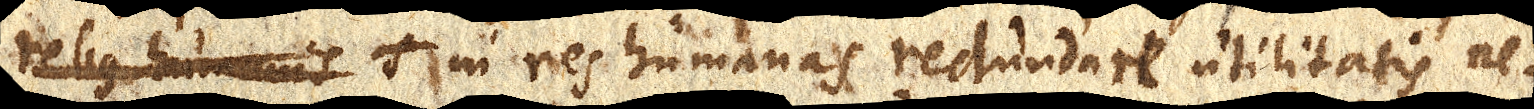
rebus humanis s in res humanas redundare utilitatis ne–